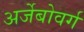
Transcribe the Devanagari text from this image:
अर्जेबोवर्ग